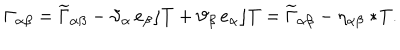
LaTeX: \Gamma _ { \alpha \beta } = \widetilde { \Gamma } _ { \alpha \beta } - \vartheta _ { \alpha } \, e _ { \beta } \rfloor T + \vartheta _ { \beta } \, e _ { \alpha } \rfloor T = \widetilde { \Gamma } _ { \alpha \beta } - \eta _ { \alpha \beta } \ast \! T .